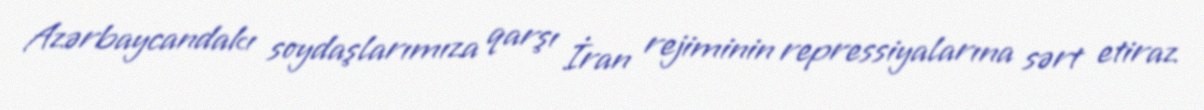
Azərbaycandakı soydaşlarımıza qarşı İran rejiminin repressiyalarına sərt etiraz